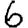
Digit: 6